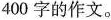
400字的作文。